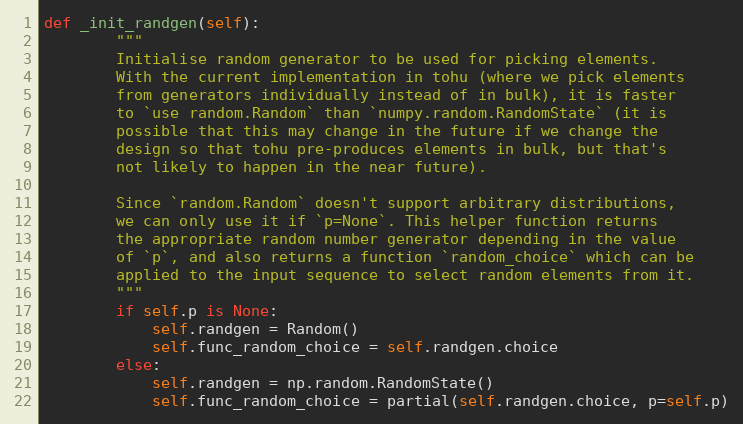
Language: Python
def _init_randgen(self):
        """
        Initialise random generator to be used for picking elements.
        With the current implementation in tohu (where we pick elements
        from generators individually instead of in bulk), it is faster
        to `use random.Random` than `numpy.random.RandomState` (it is
        possible that this may change in the future if we change the
        design so that tohu pre-produces elements in bulk, but that's
        not likely to happen in the near future).

        Since `random.Random` doesn't support arbitrary distributions,
        we can only use it if `p=None`. This helper function returns
        the appropriate random number generator depending in the value
        of `p`, and also returns a function `random_choice` which can be
        applied to the input sequence to select random elements from it.
        """
        if self.p is None:
            self.randgen = Random()
            self.func_random_choice = self.randgen.choice
        else:
            self.randgen = np.random.RandomState()
            self.func_random_choice = partial(self.randgen.choice, p=self.p)